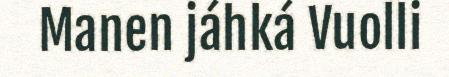
Manen jáhká Vuolli